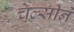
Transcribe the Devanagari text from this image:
चेल्सीने